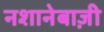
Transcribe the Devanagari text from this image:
नशानेबाज़ी